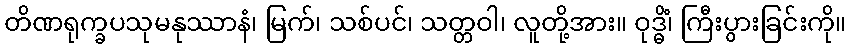
တိဏရုက္ခပသုမနုဿာနံ၊ မြက်၊ သစ်ပင်၊ သတ္တဝါ၊ လူတို့အား။ ဝုဒ္ဓိံ၊ ကြီးပွားခြင်းကို။